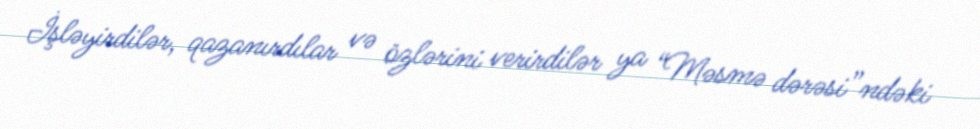
İşləyirdilər, qazanırdılar və özlərini verirdilər ya “Məsmə dərəsi”ndəki